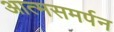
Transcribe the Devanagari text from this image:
आत्मसमर्पन